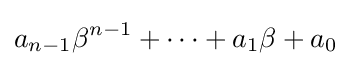
a_{n-1}\beta ^{n-1}+\cdots +a_{1}\beta +a_{0}